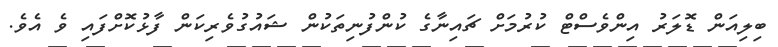
ބިލިއަން ޑޮލަރު އިންވެސްޓް ކުރުމަށް ޗައިނާގެ ކުންފުނިތަކުން ޝައުގުވެރިކަން ފާޅުކޮށްފައި ވެ އެވެ.